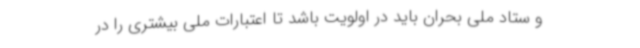
و ستاد ملی بحران باید در اولویت باشد تا اعتبارات ملی بیشتری را در